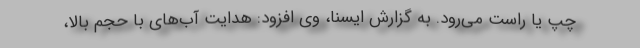
چپ یا راست می‌رود. به گزارش ایسنا، وی افزود: هدایت آب‌های با حجم بالا،